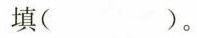
填( )。